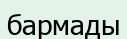
бармады